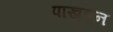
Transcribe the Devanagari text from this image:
पाखडून